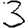
Digit: 3